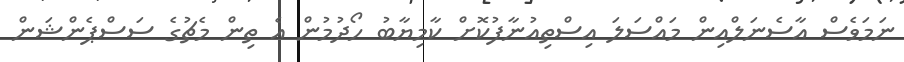
ނަމަވެސް އާސެނަލްއިން މައްސަލަ އިސްތިއުނާފުކޮށް ކާމިޔާބު ހޯދުމުން އެ ތިން މެޗުގެ ސަސްޕެންޝަން